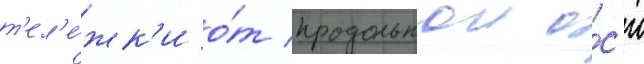
т'ел'е́жк'и о́т продольнои о́с'и